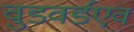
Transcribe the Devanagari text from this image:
वुडवर्डएवं